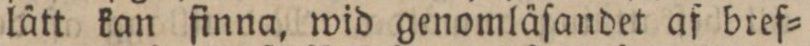
lätt kan finna, wid genomläſandet af bref=